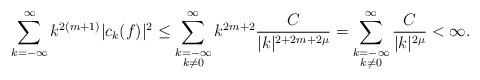
LaTeX: \begin{align*}\sum_{k = -\infty}^\infty k^{2(m+1)} |c_k(f)|^2 \leq \sum_{\substack{k = -\infty\\ k \neq 0}}^\infty k^{2m+2} \frac{C}{|k|^{2+2m+2\mu}} = \sum_{\substack{k = -\infty\\ k \neq 0}}^\infty \frac{C}{|k|^{2\mu}} < \infty.\end{align*}